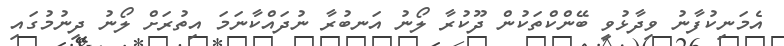
އެމަނިކުފާނު ވިދާޅުވީ ބޭންކްތަކުން ދޫކުރާ ލޯނު އަނބުރާ ނުދައްކާނަމަ އިތުރަށް ލޯނު ދިނުމުގައި